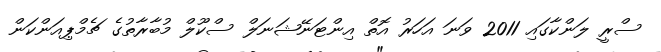
ސްރީ ލަންކާގައި 2011 ވަނަ އަހަރު އޮތް އިންޓަނޭޝަނަލް ސްކޫލް މުބާރާތުގެ ޗެމްޕިއަންކަން